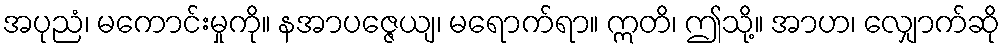
အပုညံ၊ မကောင်းမှုကို။ နအာပဇ္ဇေယျ၊ မရောက်ရာ။ ဣတိ၊ ဤသို့။ အာဟ၊ လျှောက်ဆို